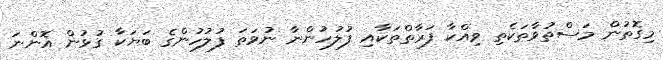
މިގޮތުން މަސްތުވާތަކެތި ވިއްކާ ފަރާތްތަކާއި ފުލުހުންނާ ނުވަތަ ފުލުހުންގެ ބަޔަކާ ގުޅުން އޮންނަ